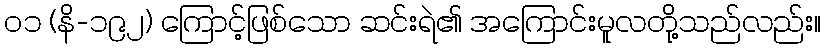
၀၁ (နိ-၁၉၂) ကြောင့်ဖြစ်သော ဆင်းရဲ၏ အကြောင်းမူလတို့သည်လည်း။